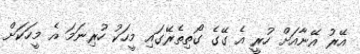
އޭރު އޭނާއަށް ހުރީ އެ ގޭގެ ގޯތިތެރޭގައި މީހަކު ހުރިނަމަ އެ މީހަކަށް